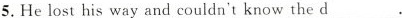
5. He lost his way and couldn't know the d ___